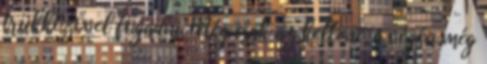
trükközővel fogadni. Még csak az kellene, a végén még